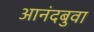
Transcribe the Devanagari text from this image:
आनंदबुवा